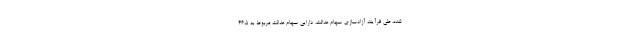
شده، طی فرآیند آزادسازی سهام عدالت، دارایی سهام عدالت مربوط به ۴۶.۵